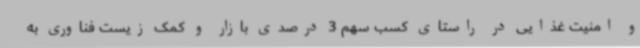
و امنیت غذایی در راستای کسب سهم 3 درصدی بازار و کمک زیست فناوری به